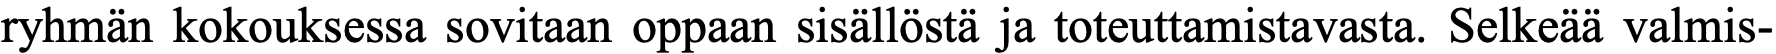
ryhmän kokouksessa sovitaan oppaan sisällöstä ja toteuttamistavasta. Selkeää valmis-